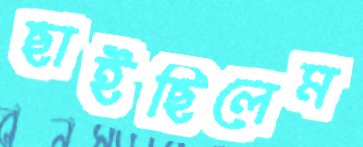
ছাইছিলেম